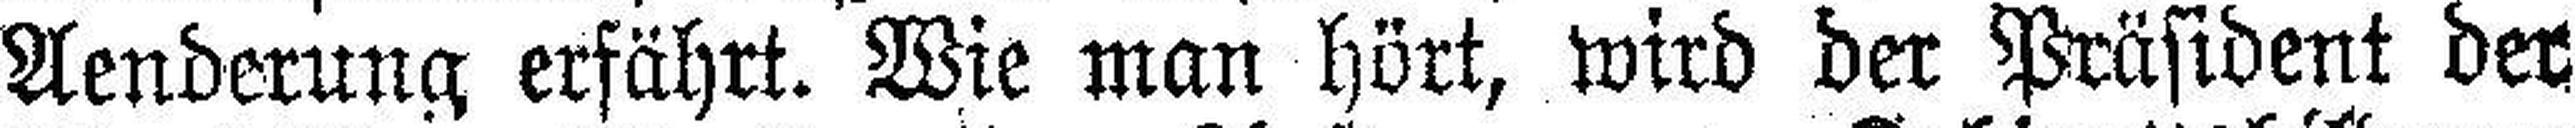
Aenderung erfährt. Wie man hört, wird der Präsident der